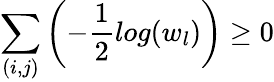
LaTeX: \sum_{(i,j)}\left(-\frac{1}{2}log(w_{l})\right)\geq 0